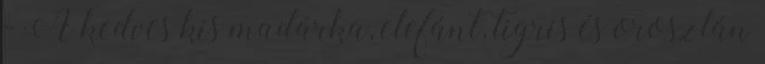
- A kedves kis madárka, elefánt, tigris és oroszlán